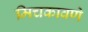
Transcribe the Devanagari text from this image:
मिचकावणे